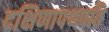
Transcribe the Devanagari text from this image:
दक्षिणापथपति